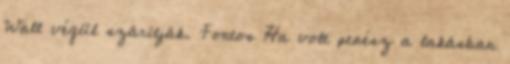
Wall végül szárítják. Fontos Ha volt penész a lakásban